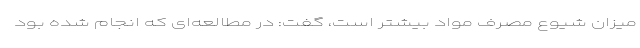
میزان شیوع مصرف مواد بیشتر است، گفت: در مطالعه‌ای که انجام شده بود